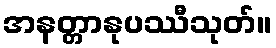
အနတ္တာနုပဿီသုတ်။